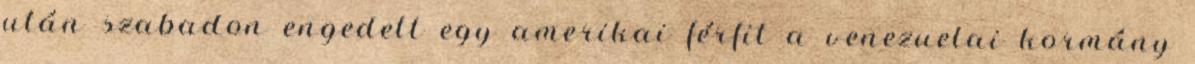
után szabadon engedett egy amerikai férfit a venezuelai kormány